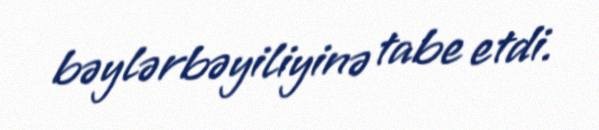
bəylərbəyiliyinə tabe etdi.